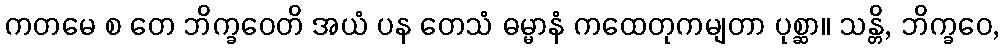
ကတမေ စ တေ ဘိက္ခဝေတိ အယံ ပန တေသံ ဓမ္မာနံ ကထေတုကမျတာ ပုစ္ဆာ။ သန္တိ, ဘိက္ခဝေ,